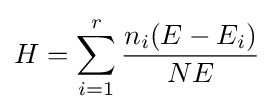
H=\sum _{i=1}^{r}{\frac {n_{i}(E-E_{i})}{NE}}